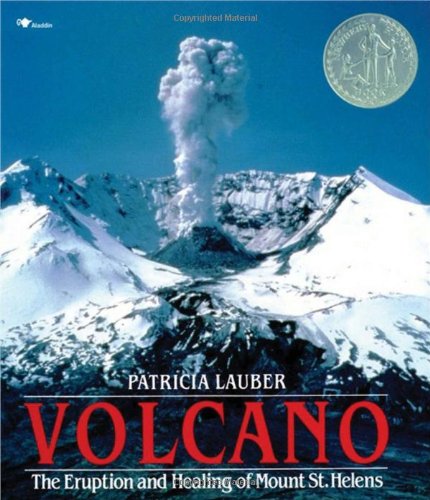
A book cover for Volcano: The Eruption and Healing of Mount St. Helens; Patricia Lauber; Science & Math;